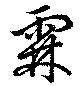
霖